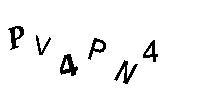
PV4PN4